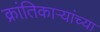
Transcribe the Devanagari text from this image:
क्रांतिकार्‍यांच्या